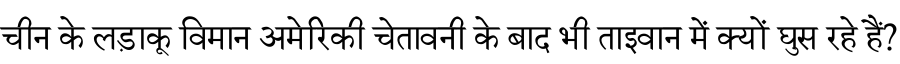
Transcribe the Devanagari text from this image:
चीन के लड़ाकू विमान अमेरिकी चेतावनी के बाद भी ताइवान में क्यों घुस रहे हैं?